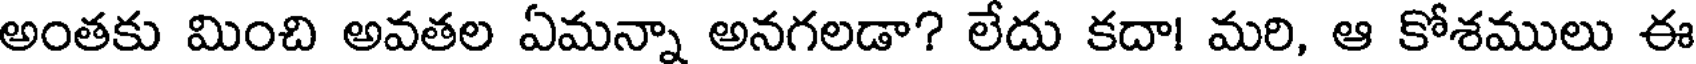
అంతకు మించి అవతల ఏమన్నా అనగలడా? లేదు కదా! మరి, ఆ కోశములు ఈ